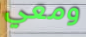
ومعي